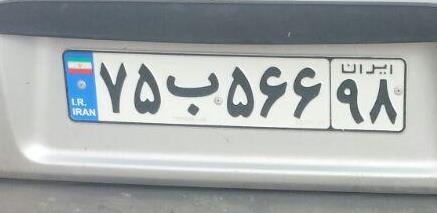
۷۵ب۵۶۶۹۸